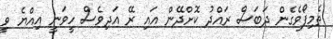
ތެމިފޯވެގެން ދަބަސް ރައްދު ކޮށްދޭން އައި ރޭ އަދިވެސް ހީވަނީ އިއްޔެ ވީ